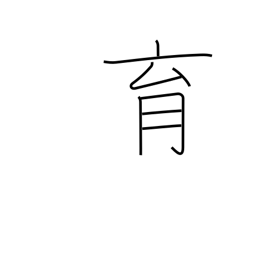
Meaning: bring up